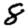
Digit: 8